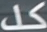
كل